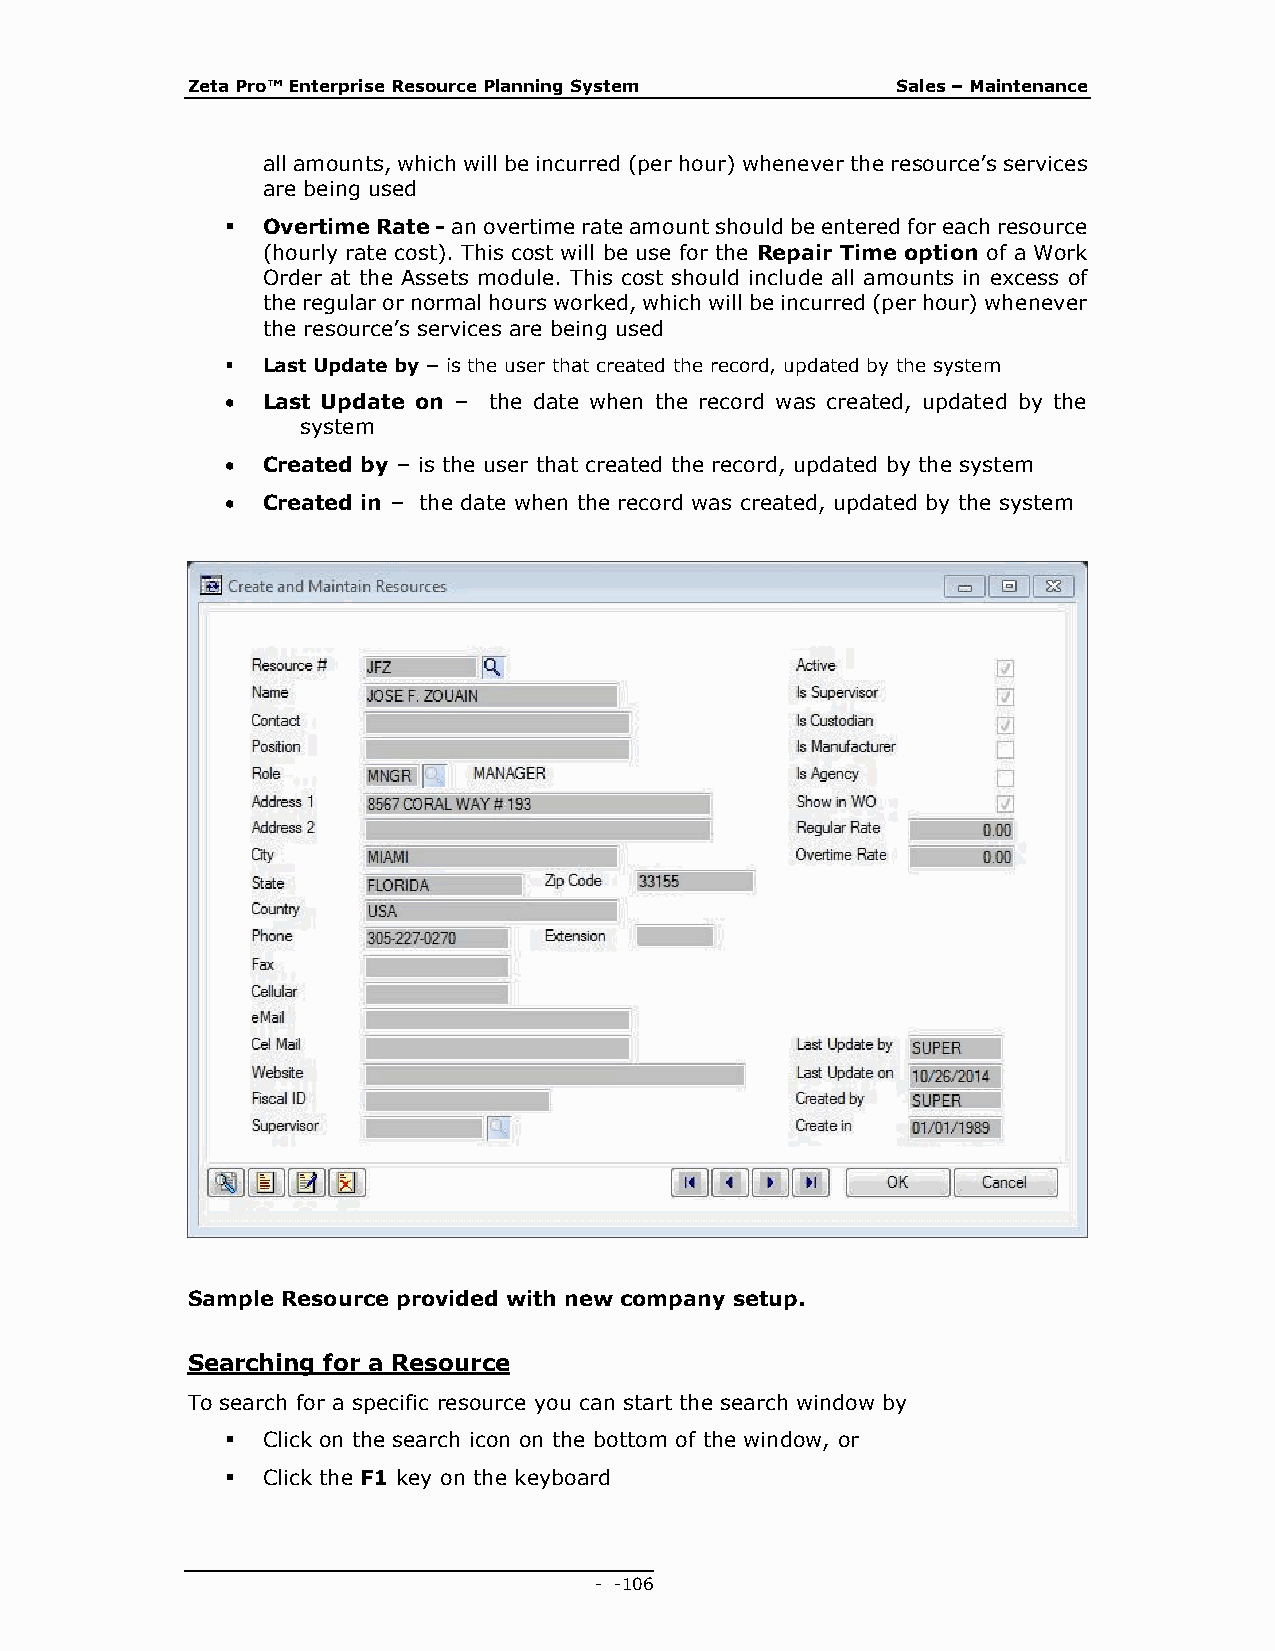
Zeta Pro™ Enterprise Resource Planning System  Sales – Maintenance
 all amounts, which will be incurred (per hour) whenever the resource’s services
 are being used
  Overtime Rate - an overtime rate amount should be entered for each resource
 (hourly rate cost). This cost will be use for the Repair Time option of a Work
 Order at the Assets module. This cost should include all amounts in excess of
 the regular or normal hours worked, which will be incurred (per hour) whenever
 the resource’s services are being used
  Last Update by – is the user that created the record, updated by the system
  Last Update on – the date when the record was created, updated by the
 system
  Created by – is the user that created the record, updated by the system
  Created in – the date when the record was created, updated by the system
 Sample Resource provided with new company setup.
 Searching for a Resource
 To search for a specific resource you can start the search window by
  Click on the search icon on the bottom of the window, or
  Click the F1 key on the keyboard
 - - 106